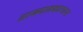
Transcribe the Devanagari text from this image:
आख्यानकाव्यास